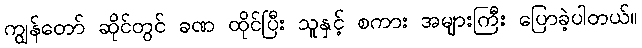
ကျွန်တော် ဆိုင်တွင် ခဏ ထိုင်ပြီး သူနှင့် စကား အများကြီး ပြောခဲ့ပါတယ်။